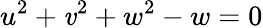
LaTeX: u^{2}+\mathit{v}^{2}+w^{2}-w=0